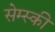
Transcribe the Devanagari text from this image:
सेम्स्की